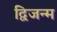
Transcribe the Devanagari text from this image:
द्विजन्‍म